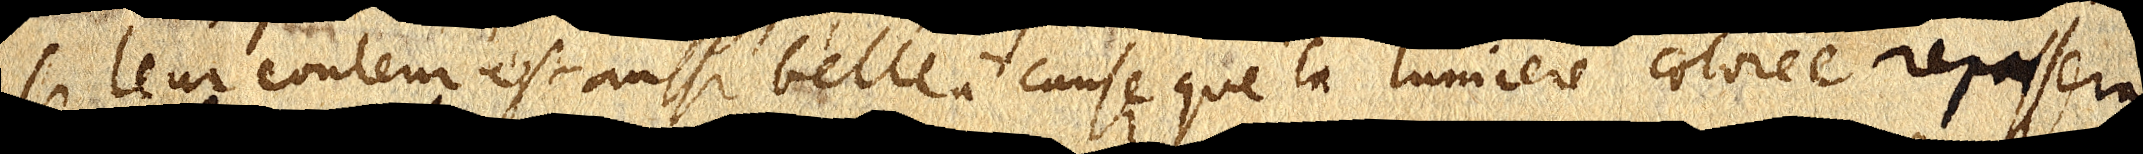
si leur couleur est aussi belle à cause que la lumiere colorée repassera